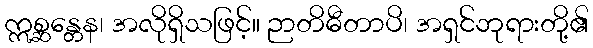
ဣစ္ဆန္တေန၊ အလိုရှိသဖြင့်။ ဉာတိဓီတာပိ၊ အရှင်ဘုရားတို့၏